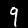
Digit: 9